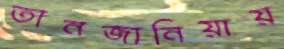
তানজানিয়ায়